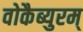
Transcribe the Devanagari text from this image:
वोकैब्युरम्